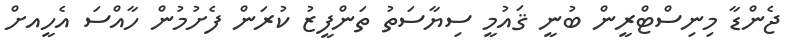
ޖެންޑާ މިނިސްޓްރީން ބުނީ ޤައުމީ ސިޔާސަތު ތަންފީޒު ކުރަން ފެށުމުން ހާއްސަ އެހީއށް